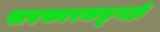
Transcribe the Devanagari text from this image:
सरकारकडूनही